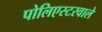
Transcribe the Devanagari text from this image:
पोलिएस्टरवाले